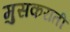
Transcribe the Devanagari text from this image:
मुसकराती